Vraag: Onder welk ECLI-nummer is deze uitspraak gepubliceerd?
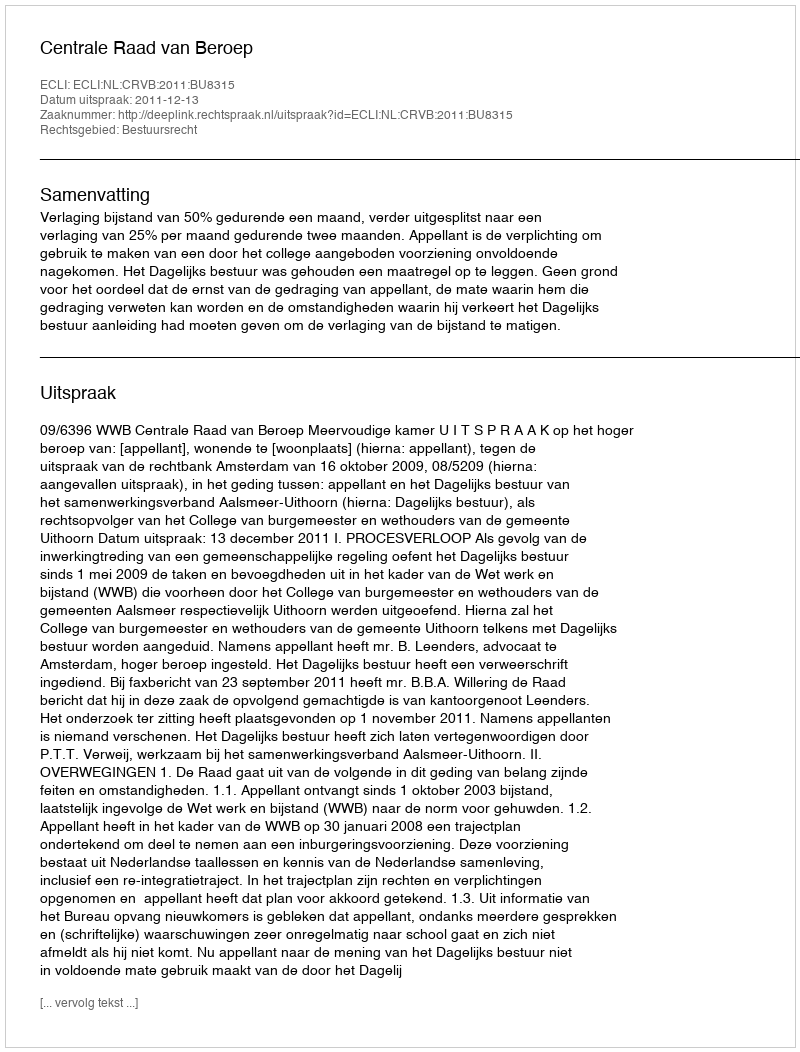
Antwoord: ECLI:NL:CRVB:2011:BU8315